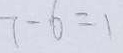
7 - 6 = 1